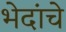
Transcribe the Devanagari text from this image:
भेदांचे